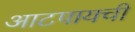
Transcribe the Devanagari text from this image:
आटपायची